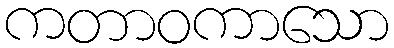
ကတာဝကာသော